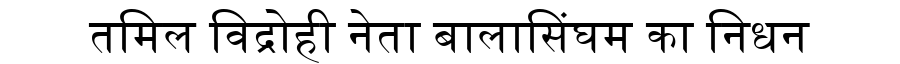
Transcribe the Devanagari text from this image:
तमिल विद्रोही नेता बालासिंघम का निधन